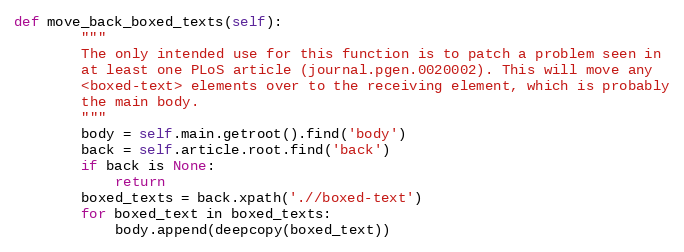
Language: Python
def move_back_boxed_texts(self):
        """
        The only intended use for this function is to patch a problem seen in
        at least one PLoS article (journal.pgen.0020002). This will move any
        <boxed-text> elements over to the receiving element, which is probably
        the main body.
        """
        body = self.main.getroot().find('body')
        back = self.article.root.find('back')
        if back is None:
            return
        boxed_texts = back.xpath('.//boxed-text')
        for boxed_text in boxed_texts:
            body.append(deepcopy(boxed_text))